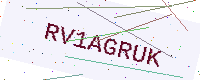
Text: RV1AGRUK